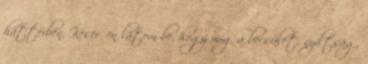
háttérben. Keserűen látom be, hogy míg a becsület, nyíltság,